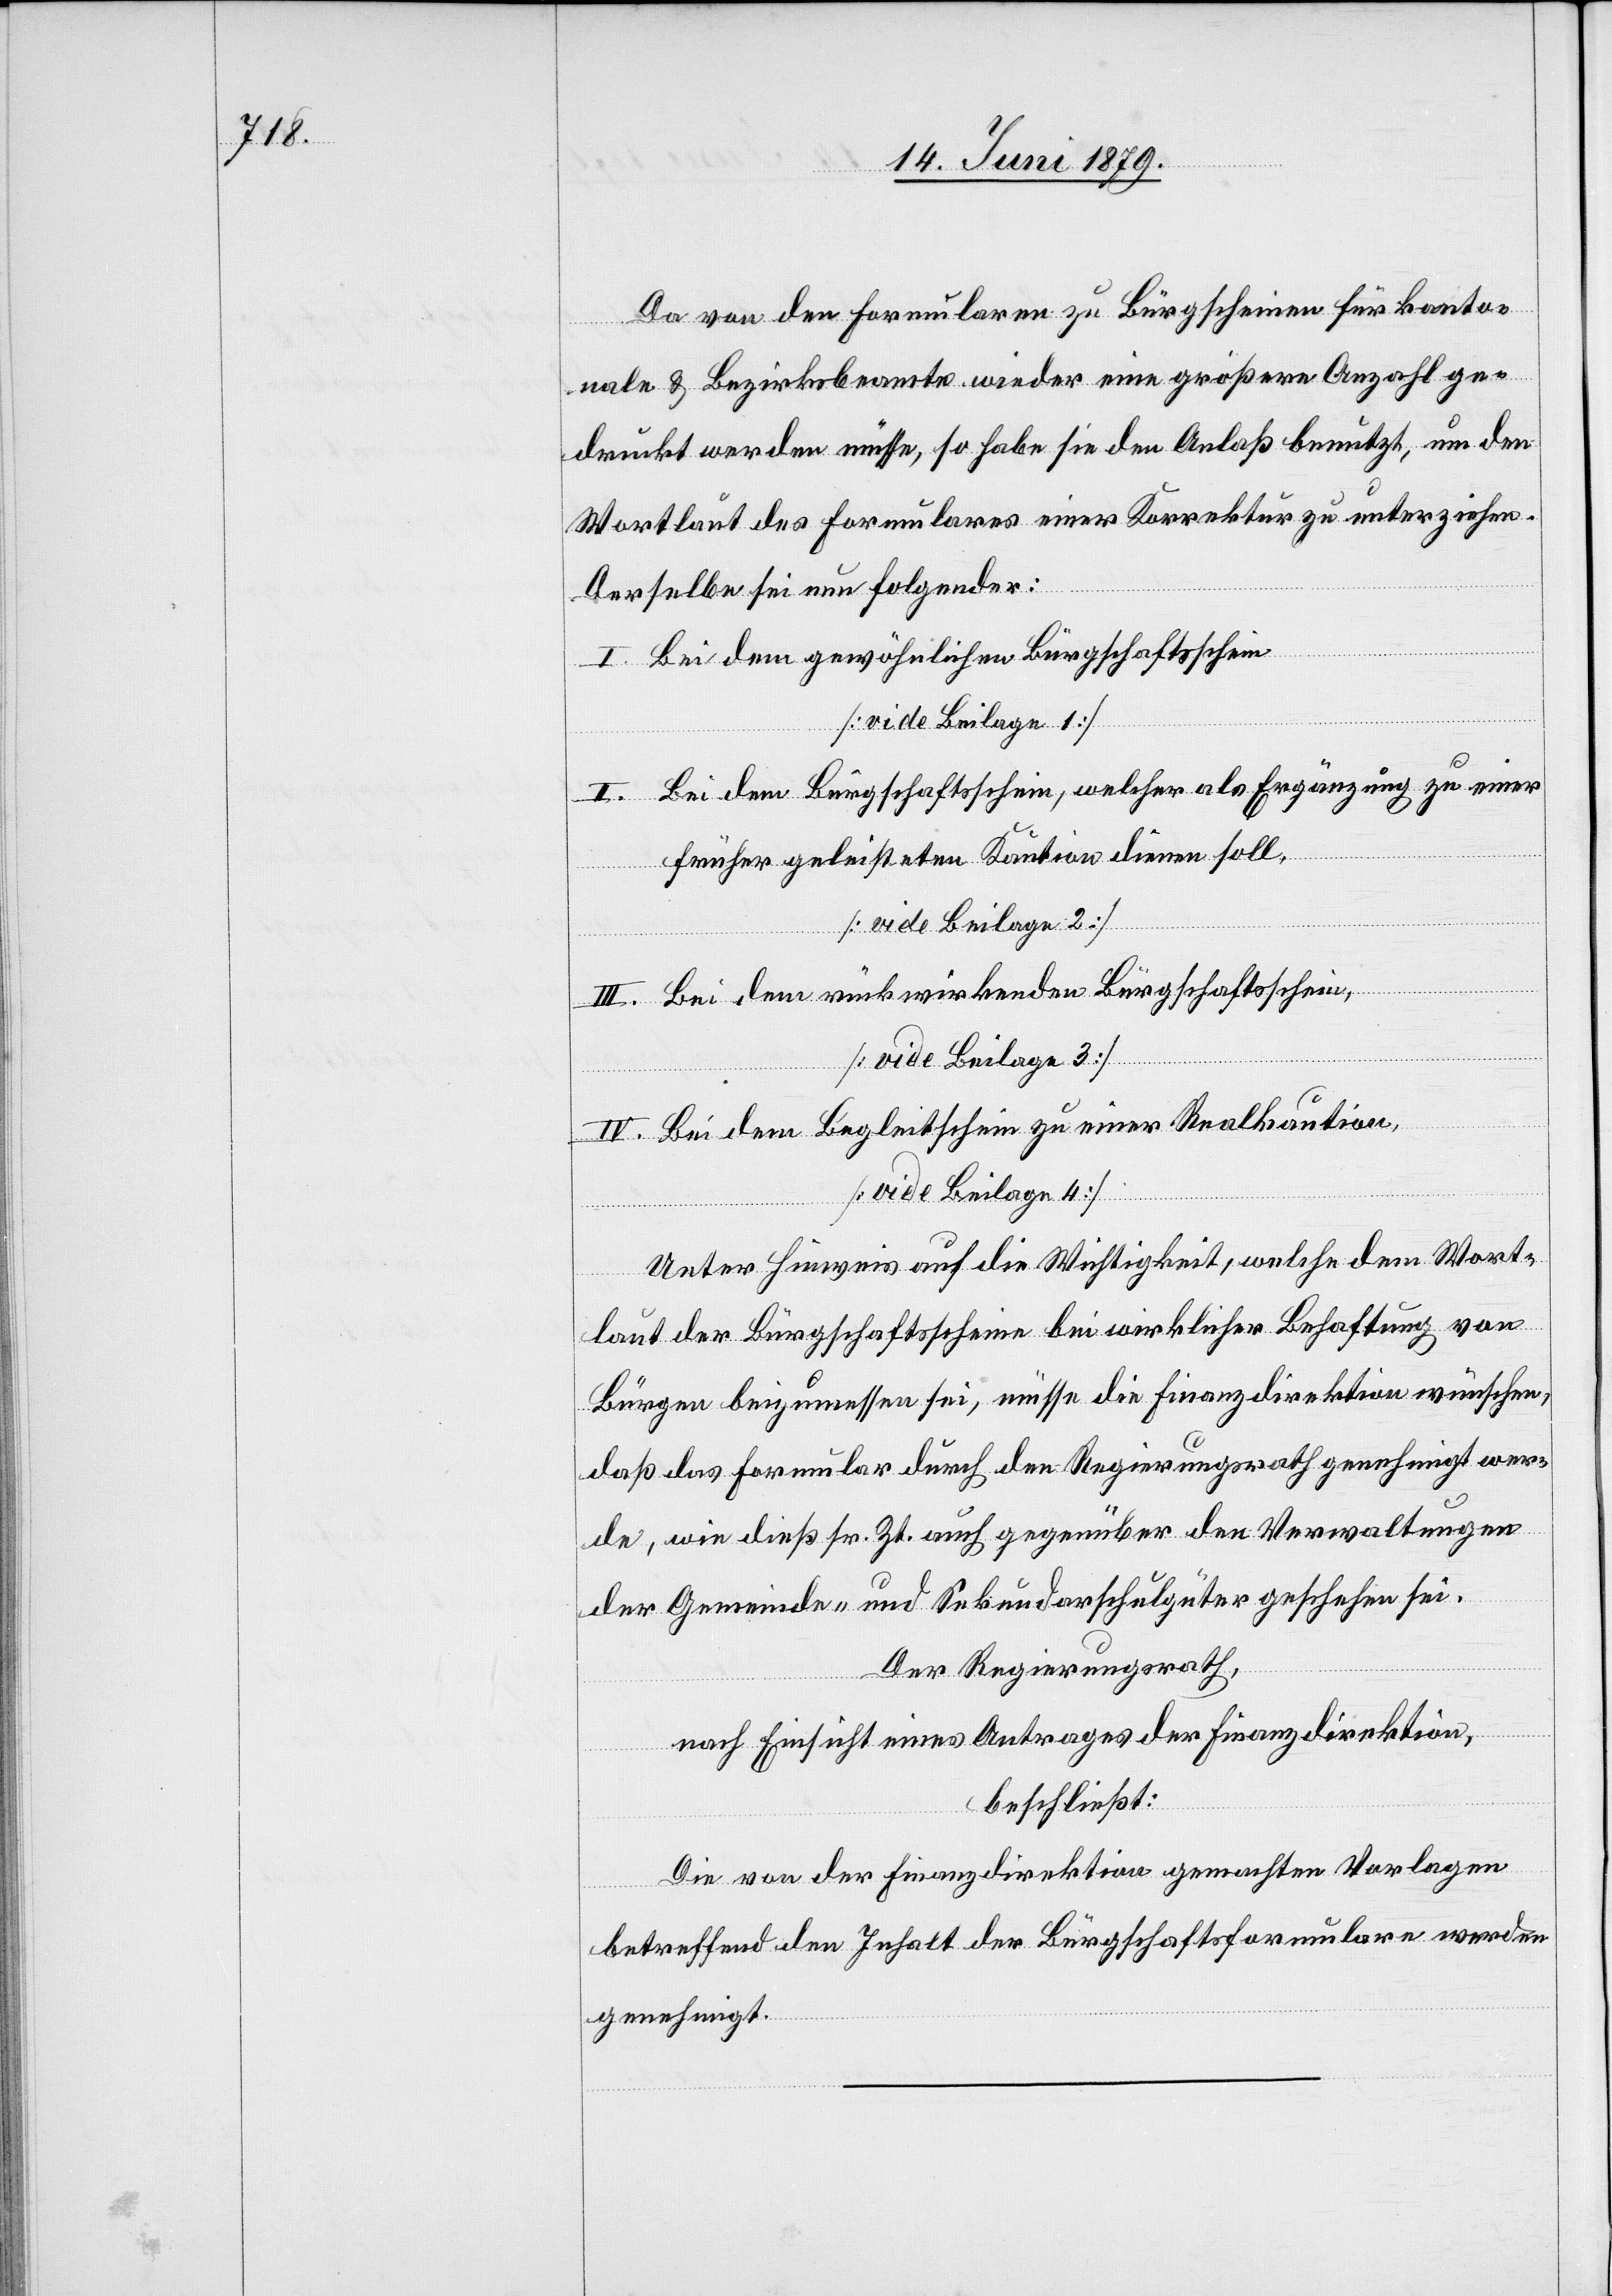
Da von den Formularen zu Bürgscheinen für kanto¬
nale & Bezirksbeamte wieder eine größere Anzahl ge¬
druckt werden müsse, so habe sie den Anlaß benutzt, um den
Wortlaut des Formulares einer Korrektur zu unterziehen.
Derselbe sei nun folgender:
I. Bei dem gewöhnlichen Bürgschaftsschein
[vide Beilage 1]
II. Bei dem Bürgschaftsschein, welcher als Ergänzung zu einer
früher geleisteten Kaution dienen soll,
[vide Beilage 2]
III. Bei dem rückwirkenden Bürgschaftsschein,
[vide Beilage 3]
IV. Bei dem Begleitschein zu einer Realkaution,
[vide Beilage 4]
Unter Hinweis auf die Wichtigkeit, welche dem Wort¬
laut der Bürgschaftsscheine bei wirklicher Behaftung von
Bürgen beizumessen sei, müsse die Finanzdirektion wünschen,
daß das Formular durch den Regierungsrath genehmigt wer¬
de, wie dieß sr. Zt. auch gegenüber den Verwaltungen
der Gemeinde- und Sekundarschulgüter geschehen sei.
Der Regierungsrath,
nach Einsicht eines Antrages der Finanzdirektion,
beschließt:
Die von der Finanzdirektion gemachten Vorlagen
betreffend den Inhalt der Bürgschaftsformulare werden
genehmigt.